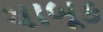
ચાબૂક